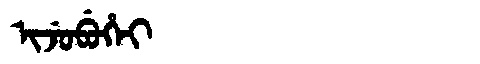
Manchu: ᡳᠵᡠᠪᡠᡥᡝᡳ
Romanization: IJUBUHEI